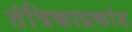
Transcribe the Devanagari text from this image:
तंत्रिकाप्रकांड